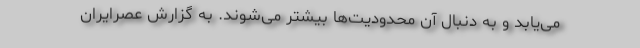
می‌یابد و به دنبال آن محدودیت‌ها بیشتر می‌شوند. به گزارش عصرایران